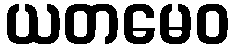
ယတမေဝ